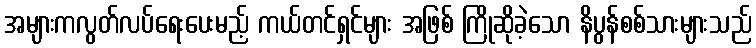
အများကလွတ်လပ်ရေးပေးမည့် ကယ်တင်ရှင်များ အဖြစ် ကြိုဆိုခဲ့သော နိပွန်စစ်သားများသည်